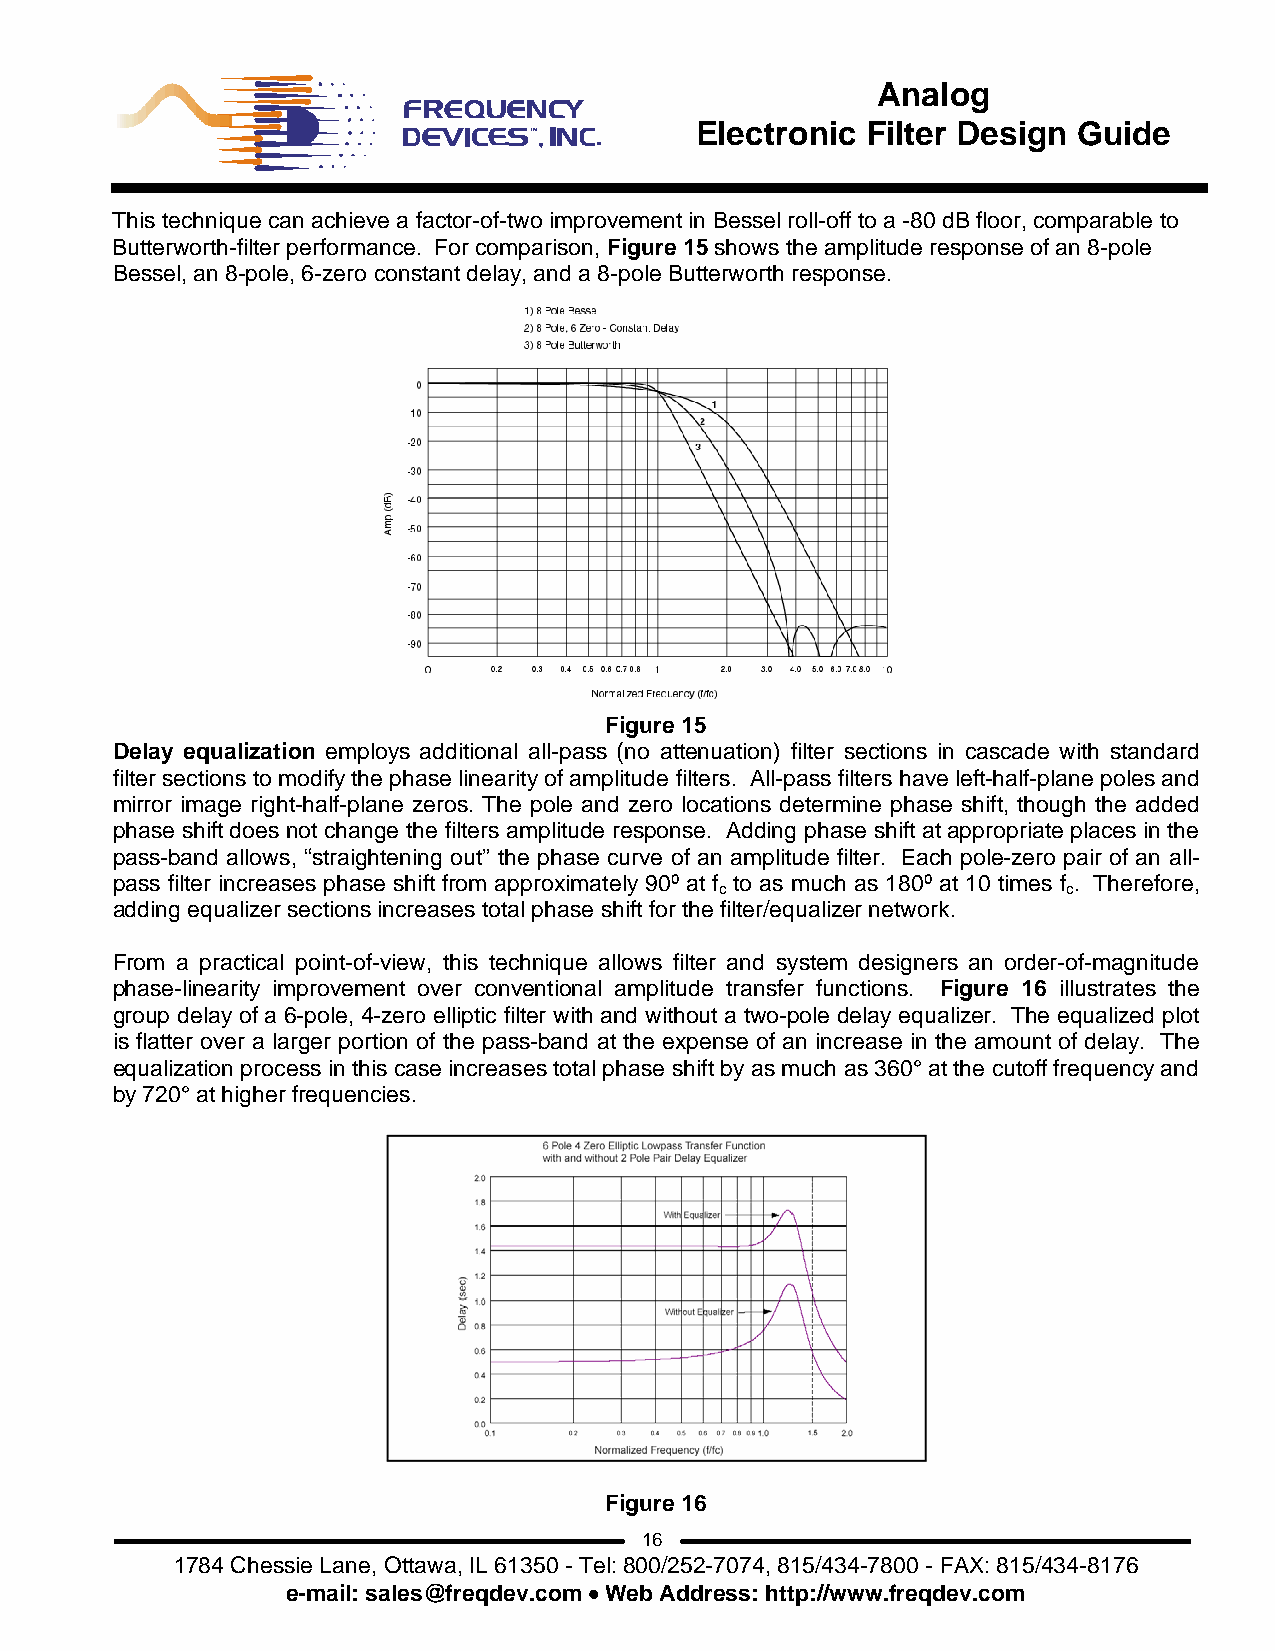
Analog
 Electronic Filter Design Guide
 This technique can achieve a factor-of-two improvement in Bessel roll-off to a -80 dB floor, comparable to
 Butterworth-filter performance. For comparison, Figure 15 shows the amplitude response of an 8-pole
 Bessel, an 8-pole, 6-zero constant delay, and a 8-pole Butterworth response.
 Figure 15
 Delay equalization employs additional all-pass (no attenuation) filter sections in cascade with standard
 filter sections to modify the phase linearity of amplitude filters. All-pass filters have left-half-plane poles and
 mirror image right-half-plane zeros. The pole and zero locations determine phase shift, though the added
 phase shift does not change the filters amplitude response. Adding phase shift at appropriate places in the
 pass-band allows, “straightening out” the phase curve of an amplitude filter. Each pole-zero pair of an all-
 pass filter increases phase shift from approximately 90º at f to as much as 180º at 10 times f . Therefore,
 c                      c
 adding equalizer sections increases total phase shift for the filter/equalizer network.
 From a practical point-of-view, this technique allows filter and system designers an order-of-magnitude
 phase-linearity improvement over conventional amplitude transfer functions. Figure 16 illustrates the
 group delay of a 6-pole, 4-zero elliptic filter with and without a two-pole delay equalizer. The equalized plot
 is flatter over a larger portion of the pass-band at the expense of an increase in the amount of delay. The
 equalization process in this case increases total phase shift by as much as 360° at the cutoff frequency and
 by 720° at higher frequencies.
 Figure 16
 16
 1784 Chessie Lane, Ottawa, IL 61350 - Tel: 800/252-7074, 815/434-7800 - FAX: 815/434-8176
 e-mail: sales@freqdev.com • Web Address: http://www.freqdev.com